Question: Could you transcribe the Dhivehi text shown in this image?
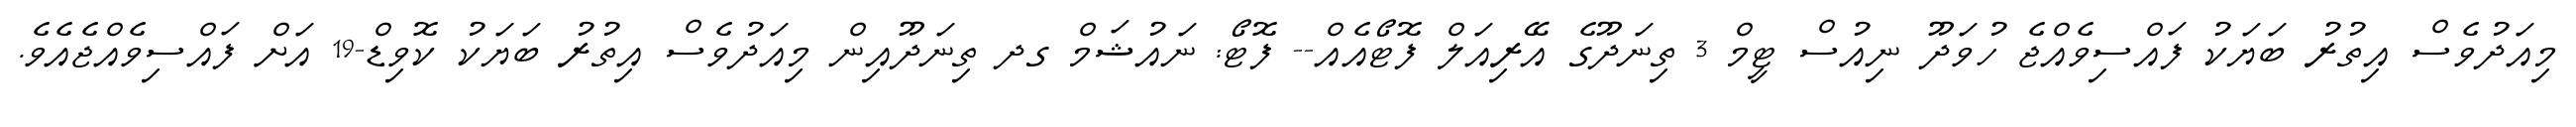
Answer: މިއަދުވެސް އިތުރު ބަޔަކު ފައްސިވެއްޖެ ހުވަދޫ ނިއުސް ޓީމް 3 ތިނަދޫގެ އޭރިއަލް ފޮޓޯއެއް-- ފޮޓޯ: ނައުޝަމް ގދ ތިނަދޫއިން މިއަދުވެސް އިތުރު ބަޔަކު ކޮވިޑް-19 އަށް ފައްސިވެއްޖެއެވެ.